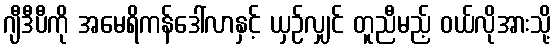
ဂျီဒီပီကို အမေရိကန်ဒေါ်လာနှင့် ယှဉ်လျှင် တူညီမည့် ဝယ်လိုအားသို့